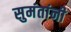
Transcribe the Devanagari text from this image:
सुमंतांनी